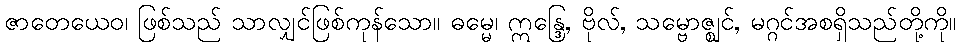
ဇာတေယေဝ၊ ဖြစ်သည် သာလျှင်ဖြစ်ကုန်သော။ ဓမ္မေ၊ ဣန္ဒြေ, ဗိုလ်, သမ္ဗောဇ္ဈင်, မဂ္ဂင်အစရှိသည်တို့ကို။